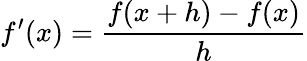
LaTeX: f^{\prime}(x)=\frac{f(x+h)-f(x)}{h}